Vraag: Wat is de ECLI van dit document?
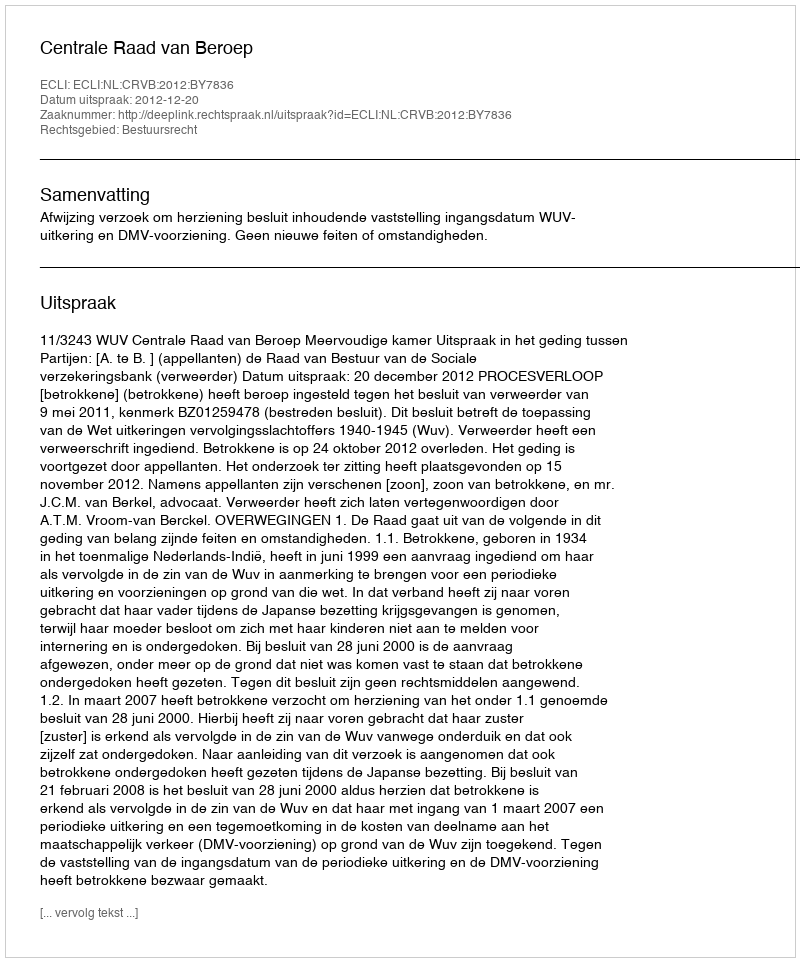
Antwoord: ECLI:NL:CRVB:2012:BY7836